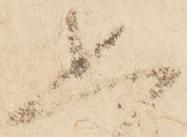
思